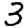
Digit: 3